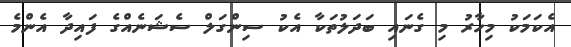
އެކަމަކު މިހާރު މި ގެނައި ބަދަލުތަކާ އެކު ސިންގަލް ސެޝަނެއްގެ ފައިދާ އެންމެ